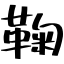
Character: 鞠